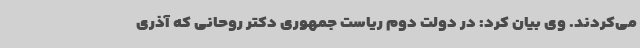
می‌کردند. وی بیان کرد: در دولت دوم ریاست جمهوری دکتر روحانی که آذری